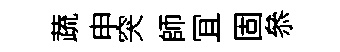
蔬申突師冝固叅